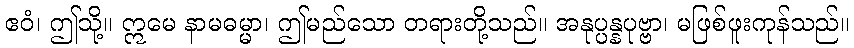
ဧဝံ၊ ဤသို့။ ဣမေ နာမဓမ္မာ၊ ဤမည်သော တရားတို့သည်။ အနုပ္ပန္နပုဗ္ဗာ၊ မဖြစ်ဖူးကုန်သည်။